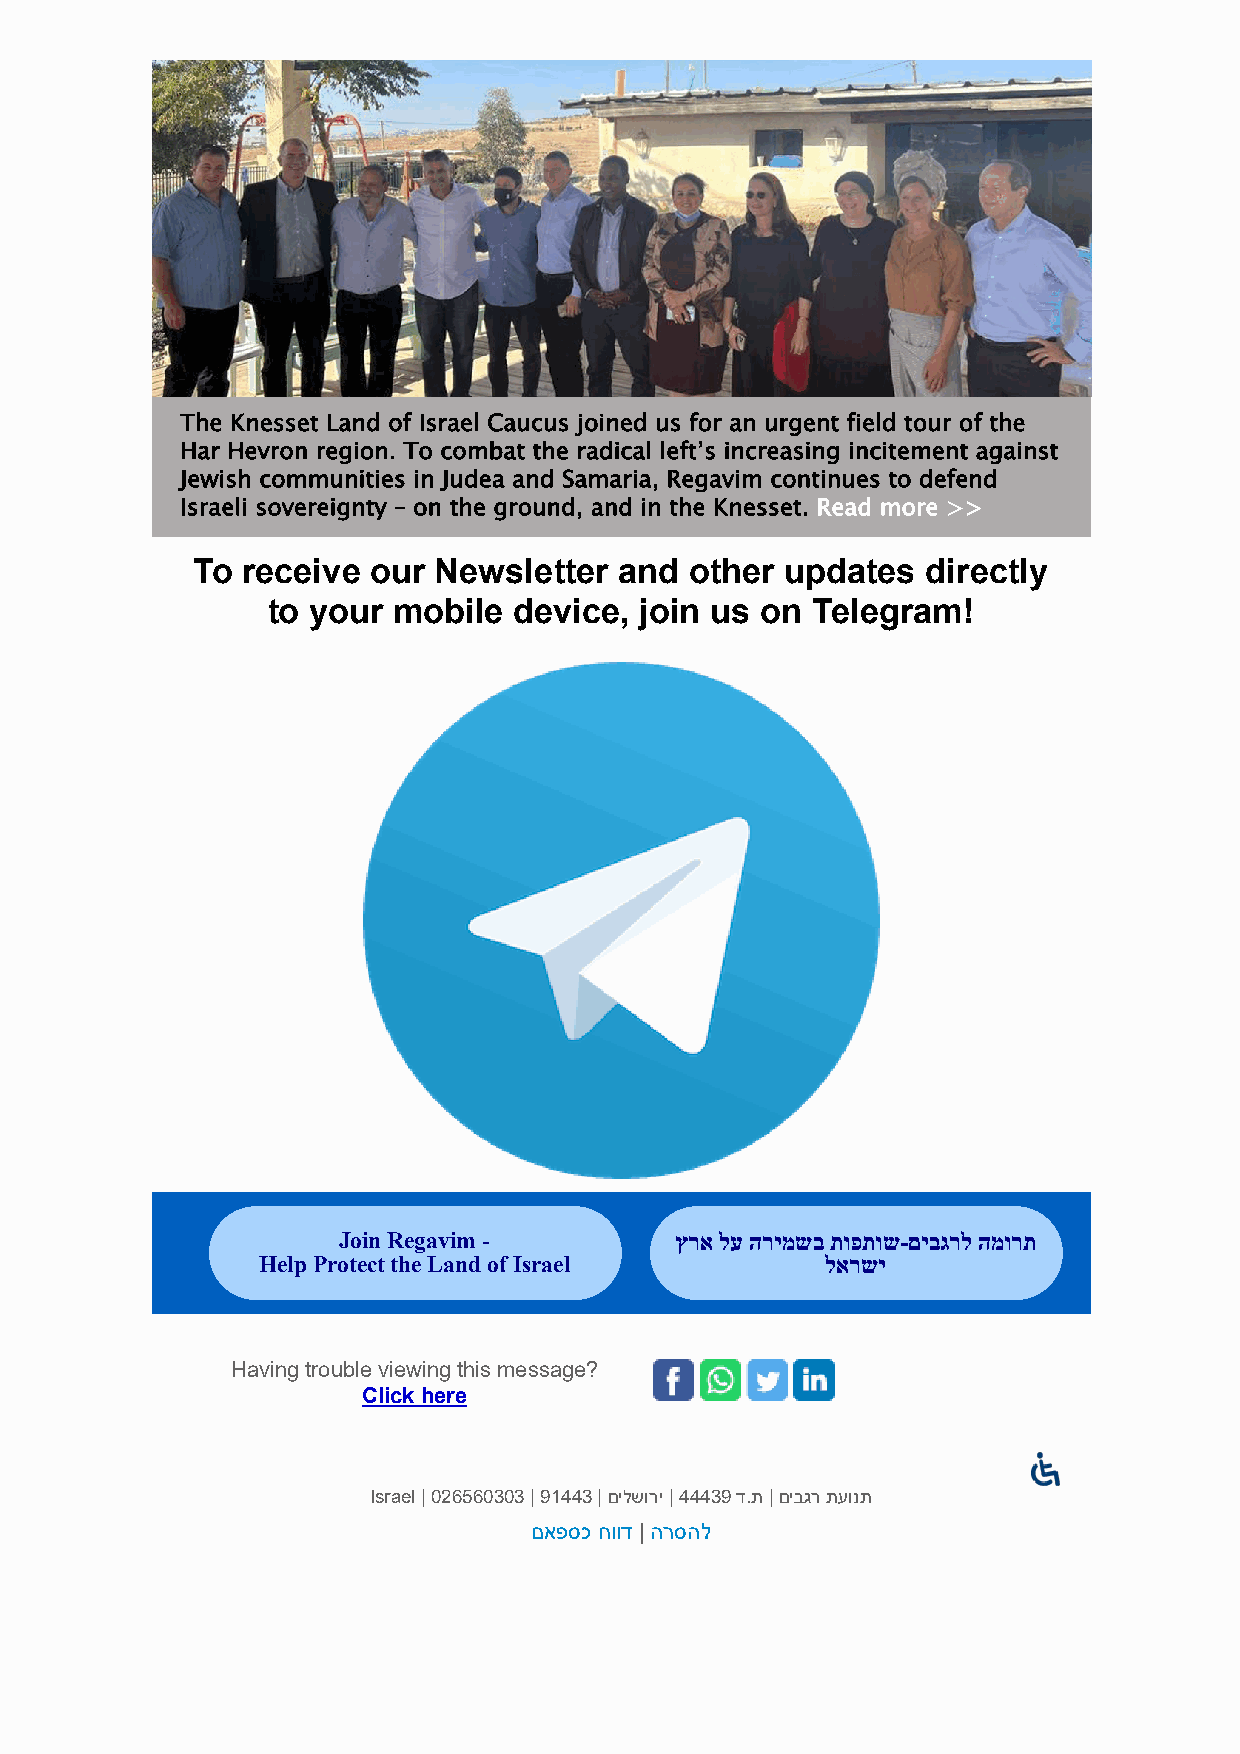
The Knesset Land of Israel Caucus joined us for an urgent field tour of the
 Har Hevron region. To combat the radical left’s increasing incitement against
 Jewish communities in Judea and Samaria, Regavim continues to defend
 Israeli sovereignty – on the ground, and in the Knesset. Read more >>
 To receive  our Newsletter  and  other updates  directly
 to your mobile  device, join us on  Telegram!
 Join Regavim -         ץרא לע הרימשב תופתוש-םיבגרל המורת
 Help Protect the Land of Israel       לארשי
 Having trouble viewing this message?
 Click here
 Israel | 026560303 | 91443 | םילשורי | 44439 ד.ת | םיבגר תעונת
 םאפסכ חווד | הרסהל